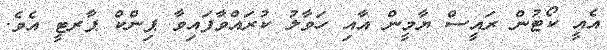
އެއީ ކޯޓުން ރައީސް ޔާމީން އާއި ހަވާލު ކުރައްވާފައިވާ ޕިންކް ޕާރޓީ އެވެ.